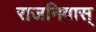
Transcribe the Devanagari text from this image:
राजनिवास्